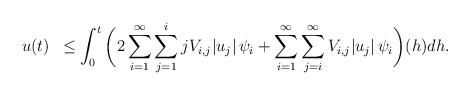
\begin{align*} u(t) &\,\,\, \leq \int_{0}^{t}\bigg(2\sum_{i=1}^{\infty} \sum_{j=1}^{i}j V_{i,j} |u_j|\,\psi_i + \sum_{i=1}^{\infty} \sum_{j=i}^{\infty} V_{i,j} |u_j|\, \psi_i \bigg)(h) dh.\end{align*}